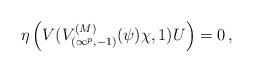
LaTeX: \begin{align*}\eta\left(V(V_{(\infty^p,-1)}^{(M)}(\psi)\chi,1) U\right)=0 \,,\end{align*}